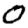
Digit: 0